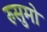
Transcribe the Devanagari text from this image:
रुसुमो